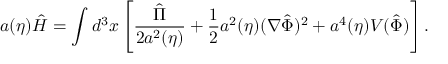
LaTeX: a ( \eta ) \hat { H } = \int d ^ { 3 } x \left[ \frac { \hat { \Pi } } { 2 a ^ { 2 } ( \eta ) } + \frac { 1 } { 2 } a ^ { 2 } ( \eta ) ( \nabla \hat { \Phi } ) ^ { 2 } + a ^ { 4 } ( \eta ) V ( \hat { \Phi } ) \right] .